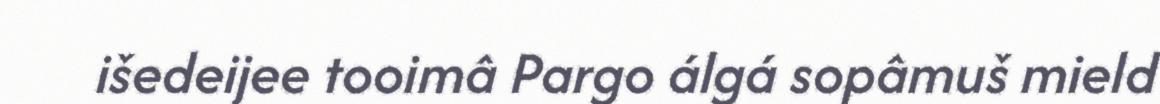
išedeijee tooimâ Pargo álgá sopâmuš mield